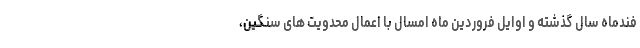
فندماه سال گذشته و اوایل فروردین ماه امسال با اعمال محدویت های سنگین،